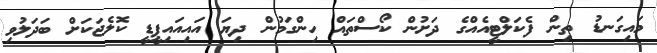
މައިގަނޑު ތިން ފެކަލްޓީއެއްގެ ދަށުން ކޯސްތައް ހިންގަމުން ދިޔަ އައިއައިޕީޑީ ކޮލެޖަކަށް ބަދަލުވި